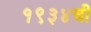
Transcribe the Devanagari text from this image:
१९३४ची